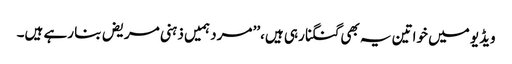
ویڈیو میں خواتین یہ بھی گنگنا رہی ہیں،’’ مرد ہمیں ذہنی مریض بنا رہے ہیں۔